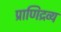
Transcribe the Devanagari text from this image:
प्राणिद्रव्य